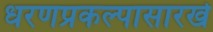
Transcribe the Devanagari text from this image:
धरणप्रकल्पासारखे